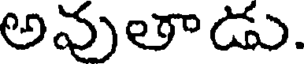
అవుతాడు.